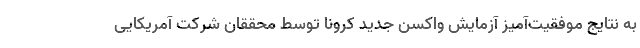
به نتایج موفقیت‌آمیز آزمایش واکسن جدید کرونا توسط محققان شرکت آمریکایی